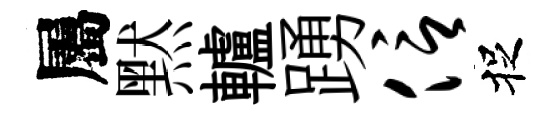
屬黙轤踴信捉